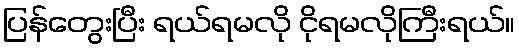
ပြန်တွေးပြီး ရယ်ရမလို ငိုရမလိုကြီးရယ်။